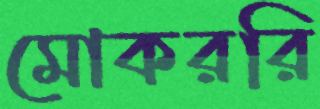
মোকররি